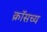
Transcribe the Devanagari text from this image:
क्रॉसच्य